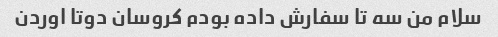
سلام من سه تا سفارش داده بودم کروسان دوتا اوردن